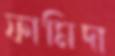
ফামিদা